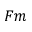
F m